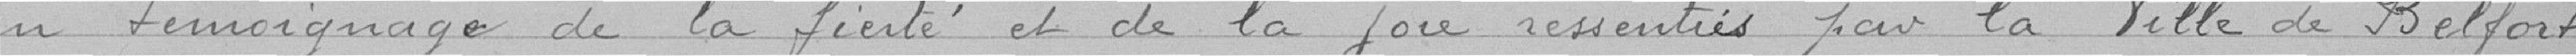
en témoignage de la fierté et de la joie ressenties par la Ville de Belfort